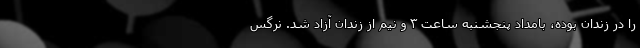
را در زندان بوده، بامداد پنجشنبه ساعت ۳ و نیم از زندان آزاد شد. نرگس